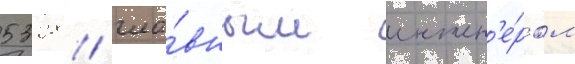
5328 / гла́вным инжен'е́ром